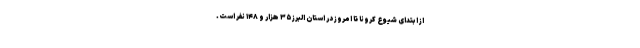
از ابتدای شیوع کرونا تا امروز در استان البرز ۳۵ هزار و ۱۴۸ نفر است.